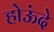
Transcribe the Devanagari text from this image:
होऊंदे